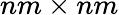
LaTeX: nm\times nm